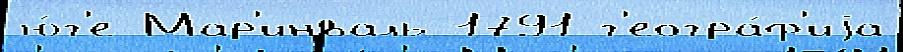
ю́г'е Мар'инваль 1791 г'еогра́ф'иjа